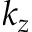
k _ { z }